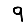
Digit: 9